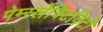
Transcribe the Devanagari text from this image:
पेर्म्स्लेक्टिविटी